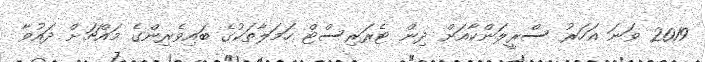
2019 ވަނަ އަހަރު ސްރީލަންކާއަށް ދިން ޓެރަރިސްޓް ހަމަލާތަކުގެ ބައިވެރިންގެ މައްޗަށް ދައުވާ